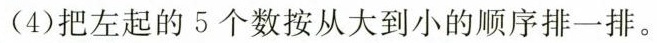
(4)把左起的5个数按从大到小的顺序排一排。